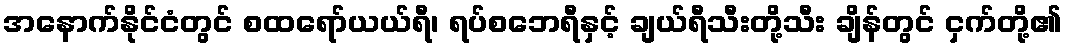
အနောက်နိုင်ငံတွင် စထရော်ယယ်ရီ၊ ရပ်စဘေရီနှင့် ချယ်ရီသီးတို့သီး ချိန်တွင် ငှက်တို့၏